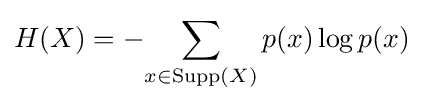
H(X)=-{\sum _{x\in {\text{Supp}}(X)}p(x)\log p(x)}